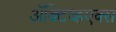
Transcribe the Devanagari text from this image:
ॲक्टिव्हएक्स